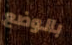
بالوضع